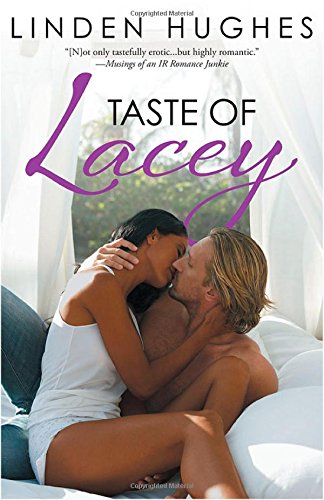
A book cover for Taste of Lacey; Linden Hughes; Romance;